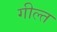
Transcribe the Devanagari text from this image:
गील्त